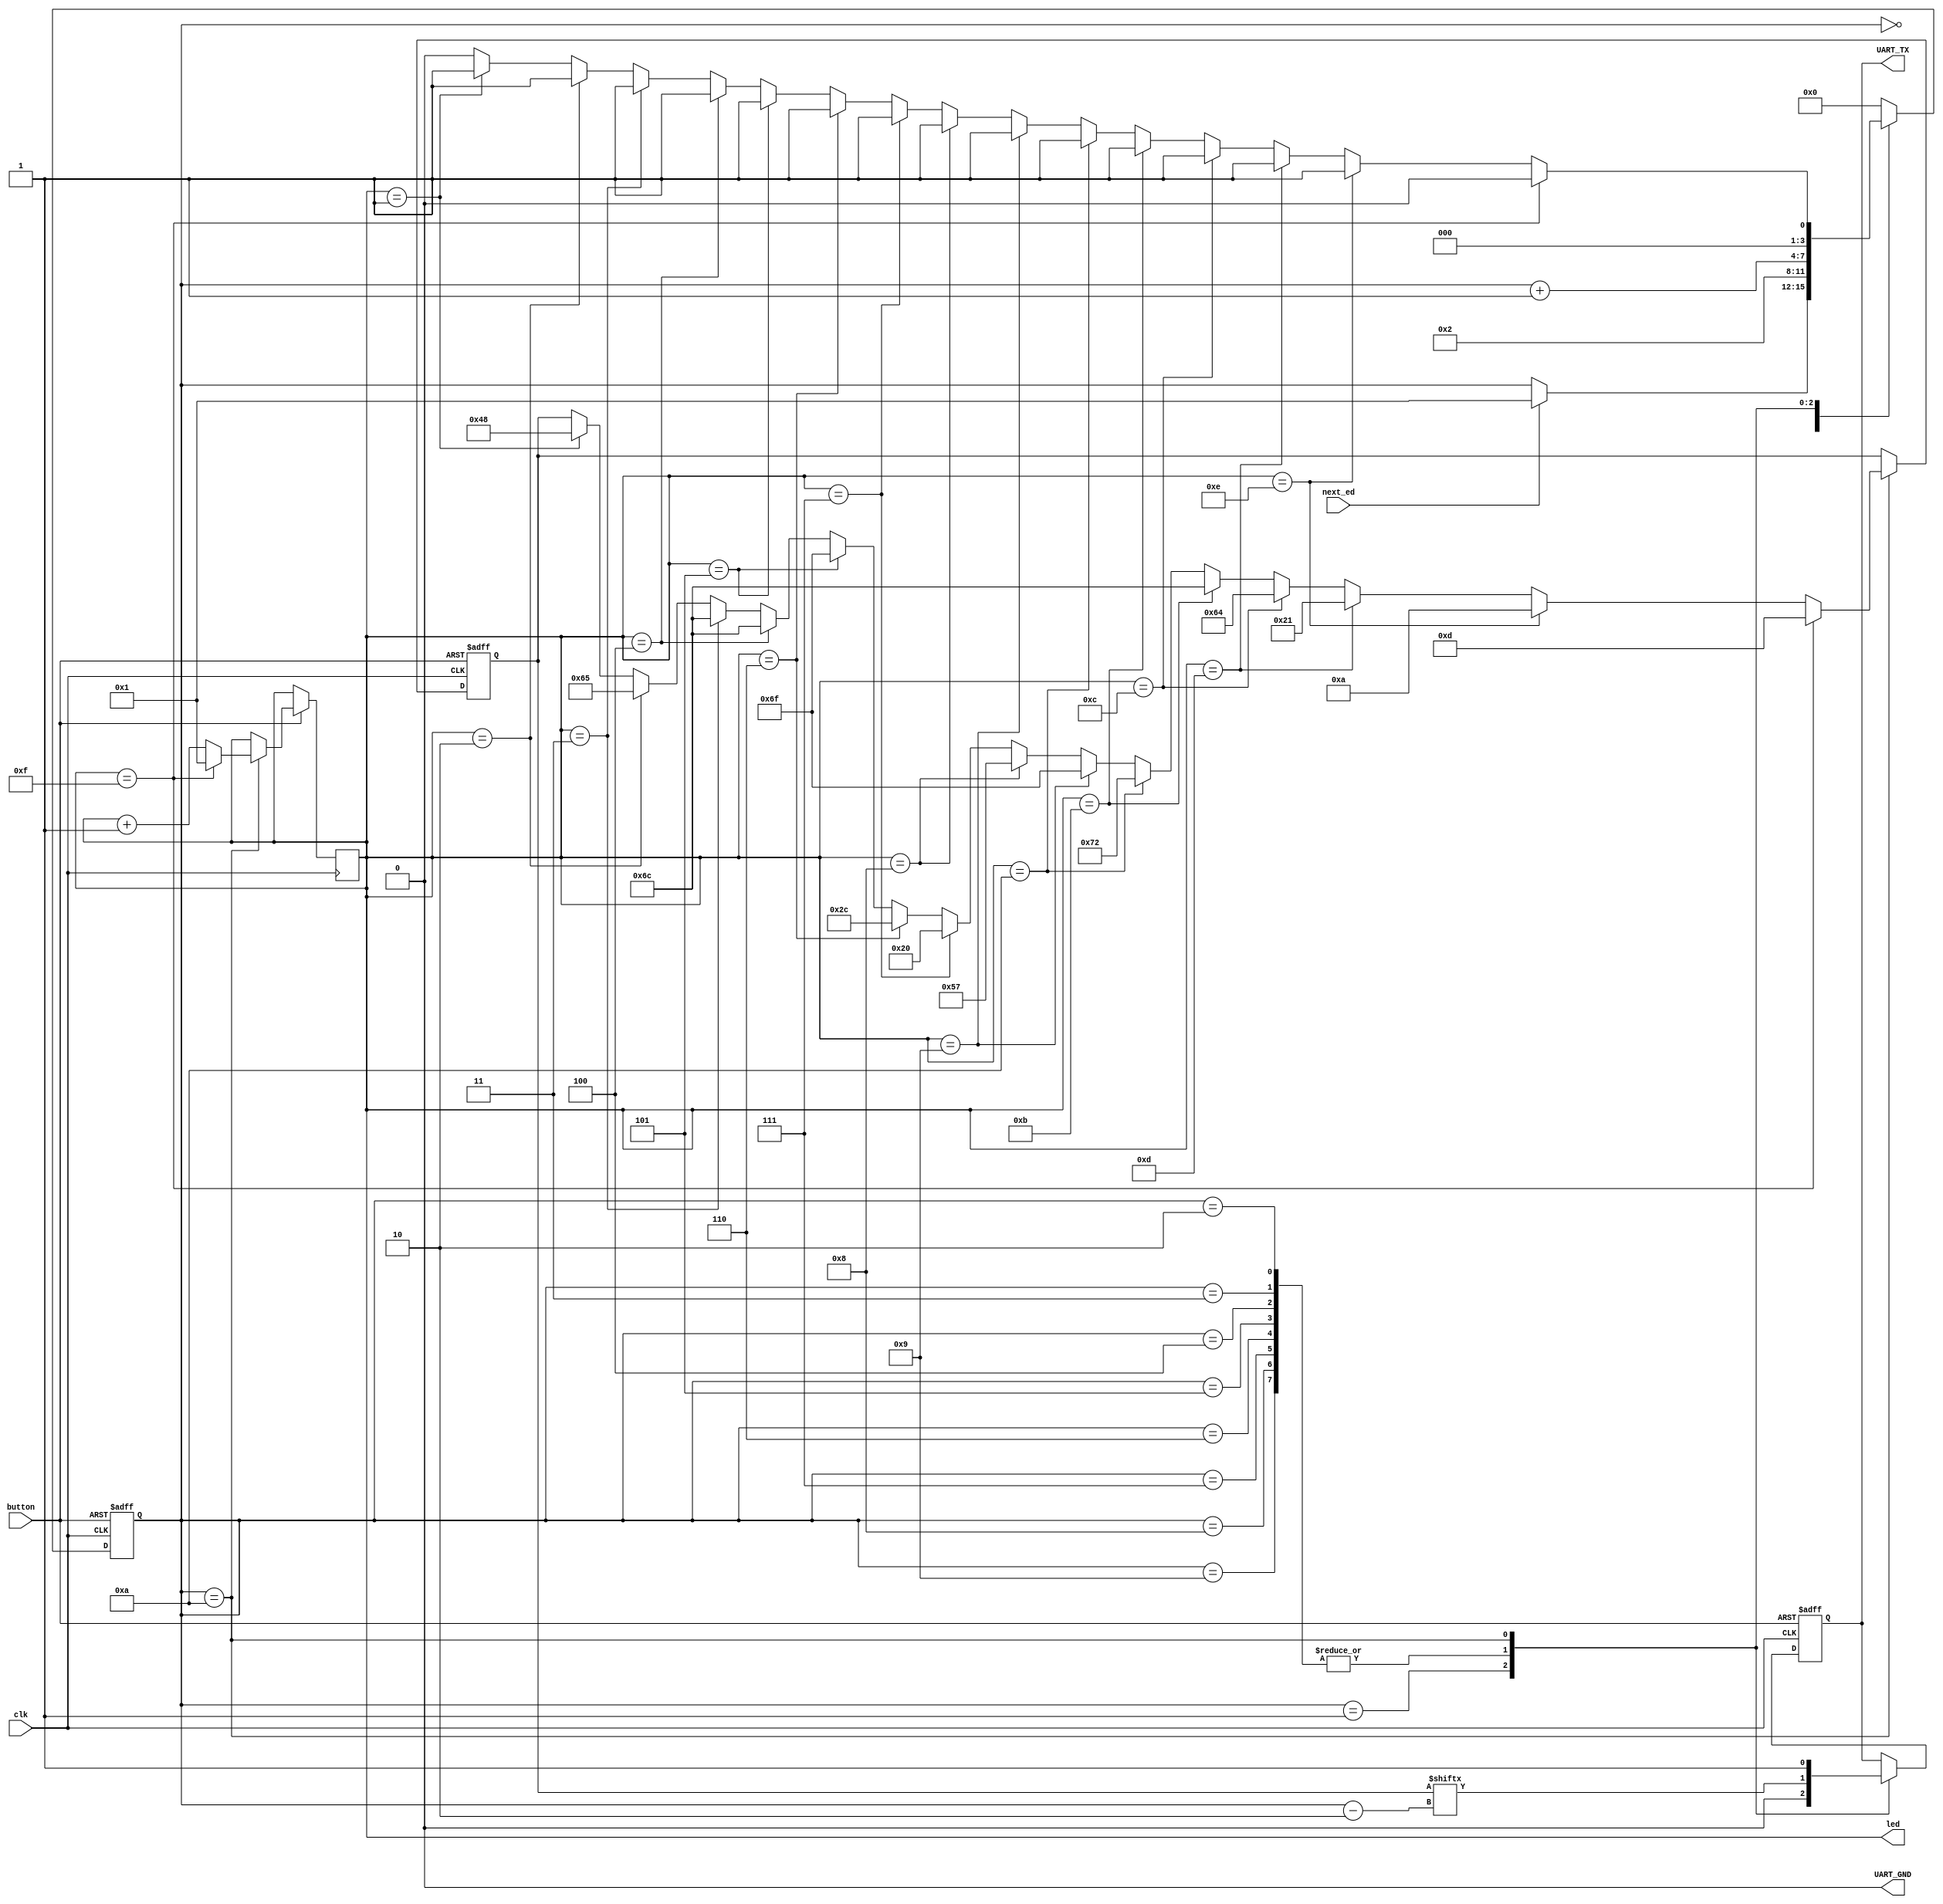
/******************************************************************************
*                                                                             *
* Copyright 2016 myStorm Copyright and related                                *
* rights are licensed under the Solderpad Hardware License, Version 0.51      *
* (the License); you may not use this file except in compliance with        *
* the License. You may obtain a copy of the License at                        *
* http://solderpad.org/licenses/SHL-0.51. Unless required by applicable       *
* law or agreed to in writing, software, hardware and materials               *
* distributed under this License is distributed on an AS IS BASIS,          *
* WITHOUT WARRANTIES OR CONDITIONS OF ANY KIND, either express or             *
* implied. See the License for the specific language governing                *
* permissions and limitations under the License.                              *
*                                                                             *
******************************************************************************/

// Copied over uart from original chiphack
// have had little luck in finding the right ports to use on the blackice board
// as cannot seem to use the one programming.

module uart(  input clk,
              input next_ed,
              input button,
              output [3:0] led,
              output reg UART_TX, // ** These are the ports used on the de0_nano
              output UART_GND);   // possibly use i_tx(/rx) from PMOD3/4?

  // Some register and wire declarations
  reg [3:0] transmit_state;
  reg [7:0] transmit_data;
  reg 	     key1_reg;
  reg [3:0] word_state;


  // Reset
  wire 					reset;
  assign reset = ~button;

  // Tie UART_GND low
  assign UART_GND = 0;

  assign led = word_state;

  always @(posedge clk or posedge reset) begin
 	  if (reset) begin
 	     // Reset to the "IDLE" state
 	     transmit_state <= 0;

 	     // The UART line is set to '1' when idle, or reset
 	     UART_TX <= 1;

 	     // Data we'll transmit - start at ASCII '0'
 	     transmit_data <= 8'h30;
 	  end
 	  else begin
 	     // What follows is the skeleton of the state machine to control
 	     // the bits going onto the UART transmit line.
 	     // You will want to, from the idle state:
 	     // 1. detect the pushbutton press and go to the the start bit state
 	     // 2. then the 8 data bits (LSB first)
 	     // 3. finally the stop bit
 	     // 4. return to this state ready for the next transmit
 	     case (transmit_state)
 	       0:
 		      begin
 		    // Idle state - We want to transition to the start bit state
 		    //              when the pushbutton is pressed. (A signal
 		    //              detecting this is provided - "key1_edge_detect".)
            if (next_ed == 1) begin
              transmit_state <= 1;
            end
 		      end
 	       1:
 		      begin
 		    // Start bit state, and progress onto the next state
              UART_TX <= 0;
              transmit_state <= 2;
 		       end
 	       2,3,4,5,6,7,8,9:
 		      begin
 		    // Data bits
 		    // when transmit_state is 2 we want transmit_data[0]
 		    // when transmit_state is 3 we want transmit_data[1]
 		    // ...
 		    // when transmit_state is 9 we want transmit_data[7]
         UART_TX <= transmit_data[transmit_state - 2];
         transmit_state <= transmit_state + 1;
 		      end
 	       10:
 		      begin
 		    // Stop bit, and transition back to idle (0)
 		    /* Fill me in - drive the final bit onto UART_TX. */
            UART_TX <= 1;
            transmit_state <= 0;
            if (word_state == 15) begin
              word_state <= 1;
 		        end
            else
              word_state <= word_state + 1;
            begin
            if (word_state == 1) begin
              transmit_state <= 1;
              word_state <= word_state + 1;
              transmit_data <= 8'h48; //H
            end
            if (word_state == 2) begin
              transmit_state <= 1;
              word_state <= word_state + 1;
              transmit_data <= 8'h65; //e
            end
            if (word_state == 3) begin
              transmit_state <= 1;
              word_state <= word_state + 1;
              transmit_data <= 8'h6c; //l
            end
            if (word_state == 4) begin
              transmit_state <= 1;
              word_state <= word_state + 1;
              transmit_data <= 8'h6c; //l
            end
            if (word_state == 5) begin
              transmit_state <= 1;
              word_state <= word_state + 1;
              transmit_data <= 8'h6f; //o
            end
            if (word_state == 6) begin
              transmit_state <= 1;
              word_state <= word_state + 1;
              transmit_data <= 8'h2c; //,
            end
            if (word_state == 7) begin
              transmit_state <= 1;
              word_state <= word_state + 1;
              transmit_data <= 8'h20; //
            end
            if (word_state == 8) begin
              transmit_state <= 1;
              word_state <= word_state + 1;
              transmit_data <= 8'h57; //W
            end
            if (word_state == 9) begin
              transmit_state <= 1;
              word_state <= word_state + 1;
              transmit_data <= 8'h6f; //o
            end
            if (word_state == 10) begin
              transmit_state <= 1;
              word_state <= word_state + 1;
              transmit_data <= 8'h72; //r
            end
            if (word_state == 11) begin
              transmit_state <= 1;
              word_state <= word_state + 1;
              transmit_data <= 8'h6c; //l
            end
            if (word_state == 12) begin
              transmit_state <= 1;
              word_state <= word_state + 1;
              transmit_data <= 8'h64; //d
            end
            if (word_state == 13) begin
              transmit_state <= 1;
              word_state <= word_state + 1;
              transmit_data <= 8'h21; //!
            end
            if (word_state == 14) begin
              transmit_state <= 1;
              word_state <= word_state + 1;
              transmit_data <= 8'hA; //
            end
            if (word_state == 15) begin
              transmit_state <= 0;
              word_state <= 1;
              transmit_data <= 8'hD; //
            end
          end
        end

 	       default:
 		       // Shouldn't reach here, but just incase, go back to idle!
 		       transmit_state <= 0;
 	     endcase
 	  end
  end

endmodule